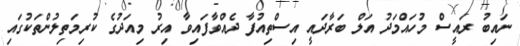
ނައިބު ރައީސް މުހައްމަދު އަލް ބަރާދައީ އިސްތިއުފާ ދެއްވާފައިވާ އިރު މިއަދުގެ ކުރިމަތިލުންތަކުގައި